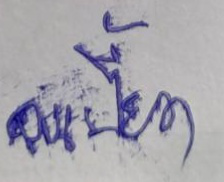
เปรี๊ยวๆ